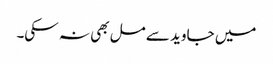
میں جاوید سے مل بھی نہ سکی۔